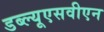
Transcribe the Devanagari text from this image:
डब्ल्यूएसवीएन